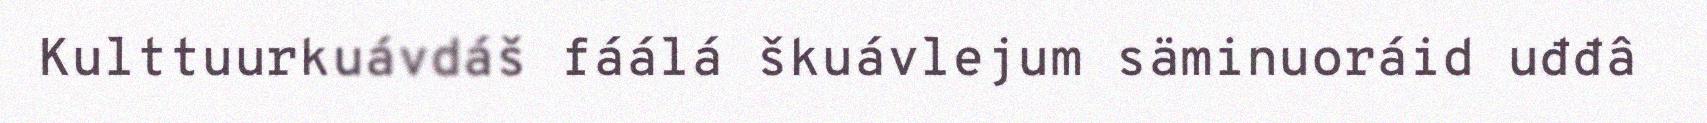
Kulttuurkuávdáš fáálá škuávlejum säminuoráid uđđâ